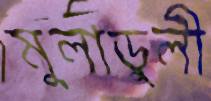
মুলাডুলী